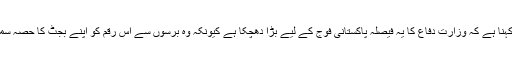
کچھ ماہرین کا کہنا ہے کہ وزارت دفاع کا یہ فیصلہ پاکستانی فوج کے لیے بڑا دھچکا ہے کیونکہ وہ برسوں سے اس رقم کو اپنے بجٹ کا حصہ سمجھتے آئے ہیں۔